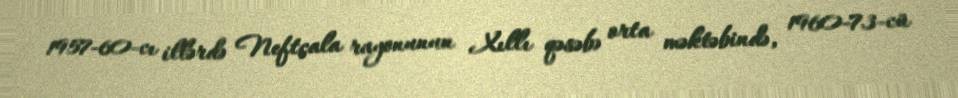
1957-60-cı illərdə Neftçala rayonunun Xıllı qəsəbə orta məktəbində, 1960-73-cü